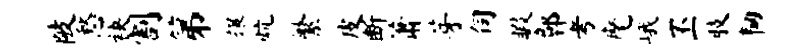
陂愁袂割第攘炕繁皮断萧芽伺暇鄣考麾峨丕肢韧